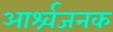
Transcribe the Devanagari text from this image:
आर्श्र्वजनक